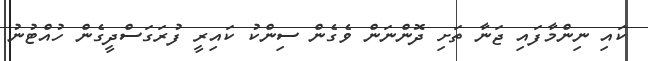
ކައި ނިންމާފައި ޖަނާ ތަށި ދޮންނަން ވެގެން ސިންކު ކައިރީ ފުރަގަސްދީގެން ހުއްޓުނު